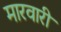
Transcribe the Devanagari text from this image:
मारवारी